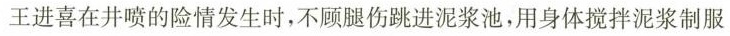
王进喜在井喷的险情发生时，不顾腿伤跳进泥浆池，用身体搅拌泥浆制服